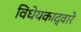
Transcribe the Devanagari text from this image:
विधेयकाद्वारे